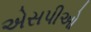
એસપીઓ